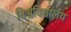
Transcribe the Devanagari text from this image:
विश्वविद्यालय